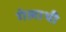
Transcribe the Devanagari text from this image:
गेलाथी